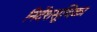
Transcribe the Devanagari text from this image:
निर्देशसूचिका